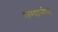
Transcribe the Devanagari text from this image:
धाग्यानीच